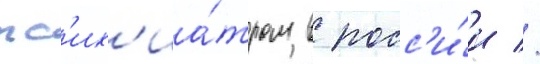
пс'их'иа́тром в росс'и́и //